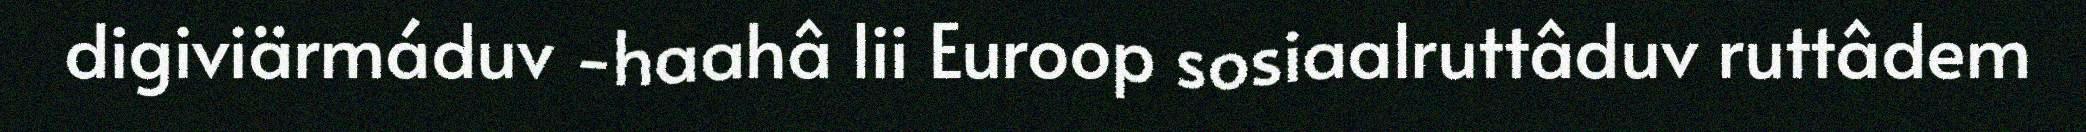
digiviärmáduv -haahâ lii Euroop sosiaalruttâduv ruttâdem